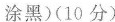
涂黑)(10 分)